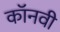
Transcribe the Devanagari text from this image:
कॉनवी